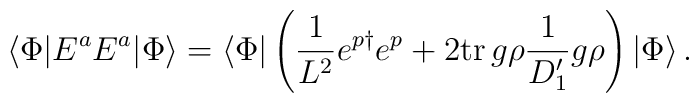
\langle \Phi | E^{a}E^{a} |\Phi \rangle = \langle \Phi | \left(\frac{1}{L^{2}} e^{p \dagger} e^{p}+  2 \mbox{tr}\,  g\rho \frac{1}{D_{1}'} g\rho  \right)    | \Phi\rangle\, .